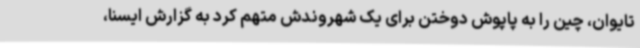
تایوان، چین را به پاپوش دوختن برای یک شهروندش متهم کرد به گزارش ایسنا،